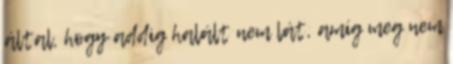
által, hogy addig halált nem lát, amíg meg nem